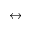
\leftrightarrow